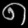
Digit: ၈